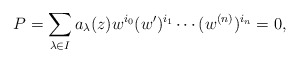
\begin{align*}P= \displaystyle \sum_{\lambda \in I} a_{\lambda}(z)w^{i_0} (w')^{i_1} \cdots (w^{(n)})^{i_n} = 0, \end{align*}